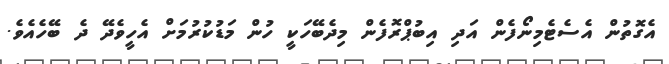
އެގޮތުން އެސެޓެމިނޯފެން އަދި އިބުޕްރޮފެން މިދެބޭހަކީ ހުން މަޑުކުރުމަށް އެހީވެދޭ ދެ ބޭހެއެވެ.